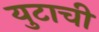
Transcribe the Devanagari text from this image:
युटाची